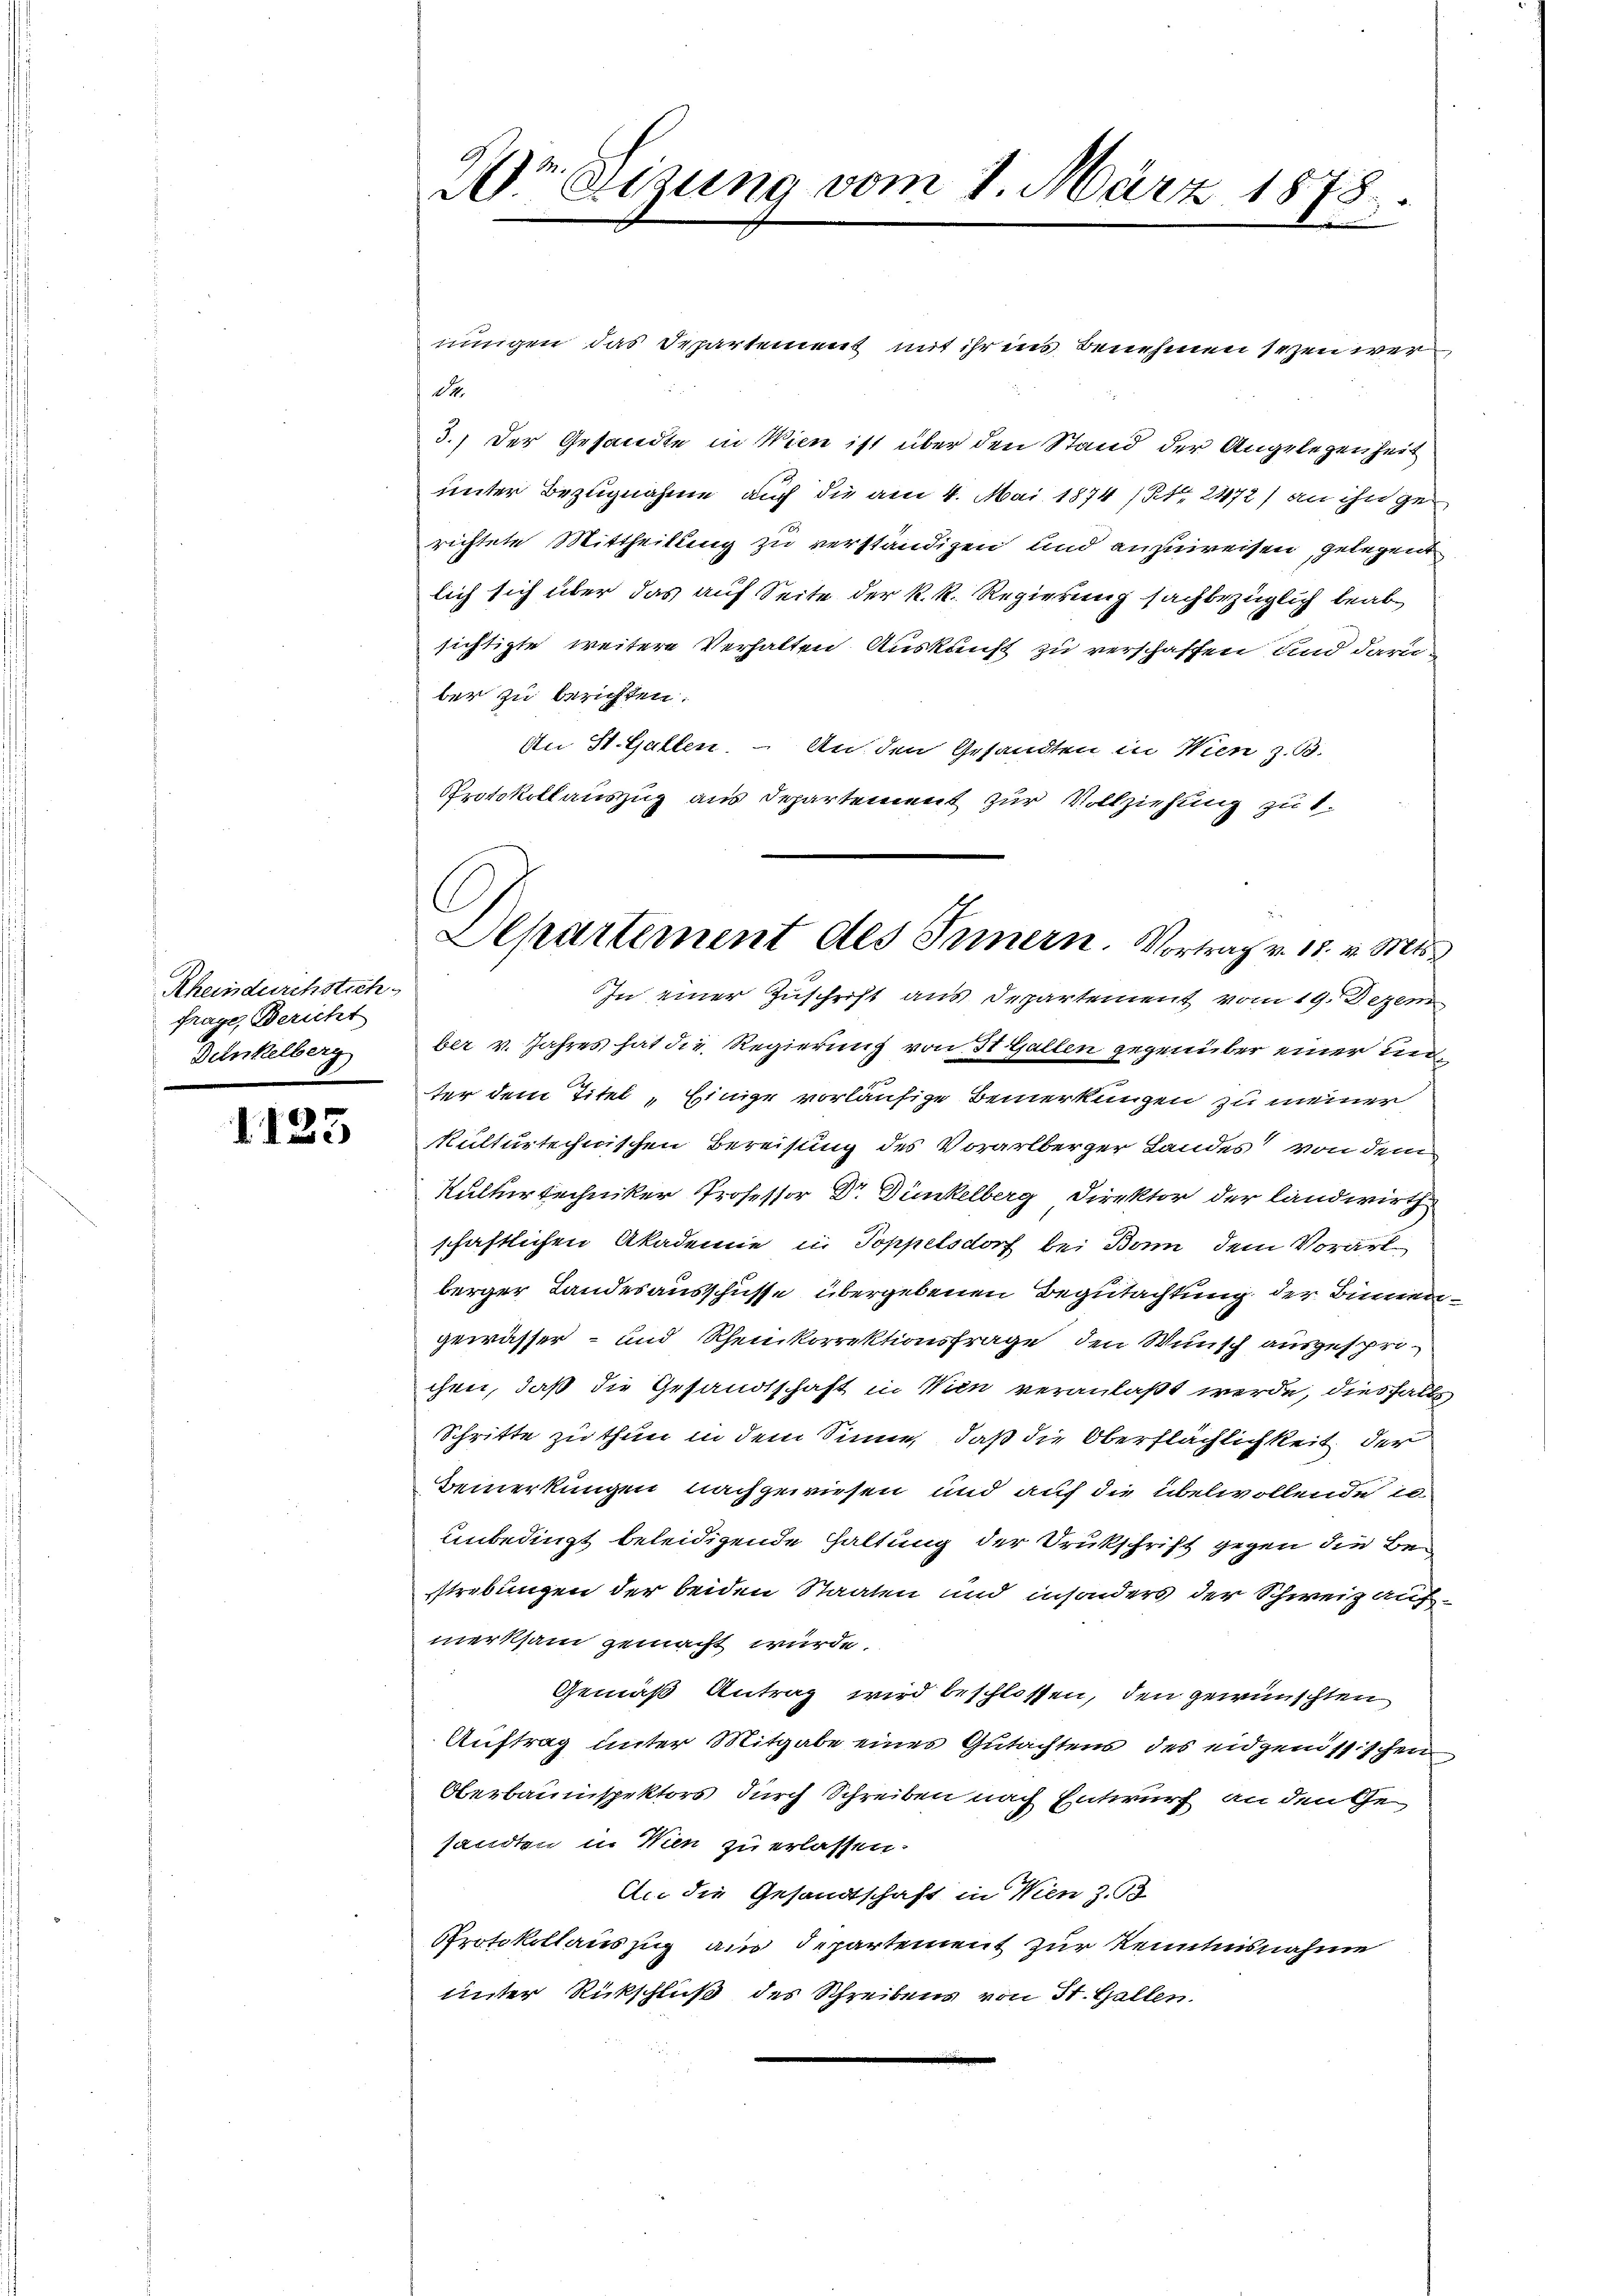
Rheindurchstich
frage, Bericht
Denkelberg
e

1125

nungen das Departement mit ihr ins Benehmen seyen wer
dt.
3.) Der Gesandte in Wien ist über den Stand der Angelegenheit
unter Bezugnahme auch die am 4. Mai 1874 (Bl. 2472) an ihn gerichtete Mittheilung zu verständigen und anzuweisen, gelegent
lich sich über das auf Seite der k. k. Regierung sachbezüglich beabsichtigte weitere Verhalten Auskunft zu verschaffen und darüber zu berichten.
An St. Gallen. – An den Gesandten in Wien z. B.
Protokollauszug aus Departement zur Vollziehung zu 1.

Dr. Sizung vom 1. März 1878.

Departement des Innern. Vortrag v. 18. v. Mts.

In einer Zuschrift aus Departement vom 19. Dezem
ber v. Jahres hat die Regierung von St. Gallen gegenüber einer unter dem Titel „Einige vorläufige Bemerkungen zu meiner
kulturtechnischen Bereisung des Vorarlberger Landes von dem
Kulturtechniker Professor Dr. Dünkelberg Direktor der Landwirth
schaftlichen Akademie in Toppelsdorf bei Bom, dem Vorart
berger Landesausschüsse übergebenen Begutachtung der Binnengewässer- und Rheinkorrektionsfrage, den Wunsch ausgesprochen, daß die Gesandtschaft in Win veranlaßt werde, diesfall
Schritte zu thun in dem Sinne, daß die Oberflächlichkeit der
Bemerkungen nachgewiesen und auf die übelwollende is
unbedingt beleidigende Haltung der Drukschrift gegen die Bestrebungen der beiden Staaten und insonders der Schweiz aufmerksam gemacht wurde.
Gemäß Antrag wird beschlossen, den gewünschten
Auftrag unter Mitgabe eines Gutachtens des eidgenössischen
Oberbauinspektors durch Schreiben nach Entwurf an den Gesandten in Wien zu erlassen.
An die Gesandtschaft in Wien z. B
Protokollauszug aus Departement zur Kenntnisnahme
unter Rückschluß des Schreibens von St. Gallen.